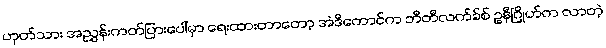
ဟုတ်သား အညွှန်းကတ်ပြားပေါ်မှာ ရေးထားတာတော့ အဲဒီကောင်က ဘီတီလက်ခ်စ် ဥနီဂြိုဟ်က လာတဲ့